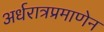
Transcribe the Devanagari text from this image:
अर्धरात्रप्रमाणेन